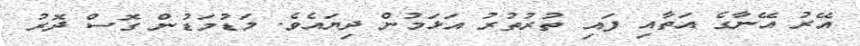
އޭރު އޭނާގެ އަތާއި ފައި ތުރުތުރު އަޅަމުން ދިޔައެވެ. މަޑުމަޑުން ގޮސް ދޮރު